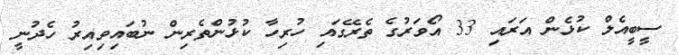
ސީބީއެލް ކުޅެން އަރައި 33 އޯވަރުގެ ތެރޭގައި ހުރިހާ ކުޅުންތެރިން ނުބައިވިއިރު ހެދުނީ